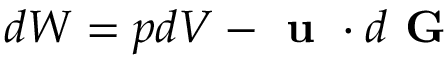
d W = p d V - \textbf { u } \cdot d \textbf { G }